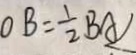
O B = \frac { 1 } { 2 } B A